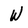
Character: W